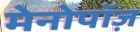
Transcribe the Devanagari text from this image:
मेनोपॉज़